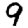
Digit: 9